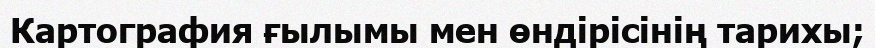
Картография ғылымы мен өндірісінің тарихы;